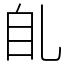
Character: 臫